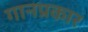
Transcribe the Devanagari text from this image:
गानप्रकार